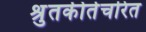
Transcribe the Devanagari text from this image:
श्रुतकीर्तचरित